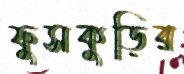
ফুসকুড়ির